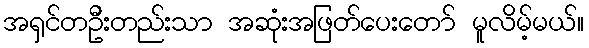
အရှင်တဦးတည်းသာ အဆုံးအဖြတ်ပေးတော် မူလိမ့်မယ်။